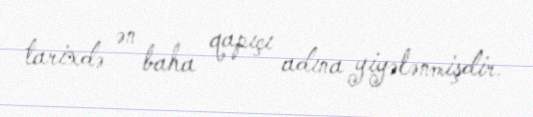
tarixdə ən baha qapıçı adına yiyələnmişdir.